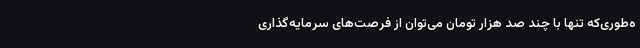
ه‌طوری‌که تنها با چند صد هزار تومان می‌توان از فرصت‌های سرمایه‌گذاری